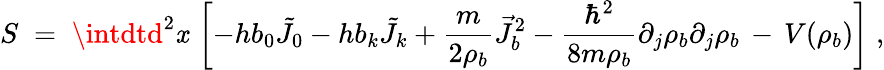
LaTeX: S\; =\; \intdtd^{2}\mathit{x}\, \left[-hb_{0}{\tilde{{J}}}_{0}-hb_{k}{\tilde{{J}}}_{k}+\frac{{m}}{{2\rho_{b}}}{\vec{{J}}}_{b}^{2}-\frac{{\hbar^{2}}}{{8m\rho_{b}}}\partial_{j}\rho_{b}\partial_{j}\rho_{b}\, -\, V(\rho_{b})\right]\; ,